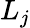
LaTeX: L_{j}